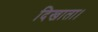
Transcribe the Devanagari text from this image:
दिखाता।